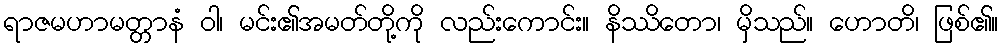
ရာဇမဟာမတ္တာနံ ဝါ၊ မင်း၏အမတ်တို့ကို လည်းကောင်း။ နိဿိတော၊ မှိသည်။ ဟောတိ၊ ဖြစ်၏။